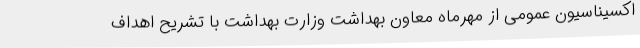
اکسیناسیون عمومی از مهرماه معاون بهداشت وزارت بهداشت با تشریح اهداف